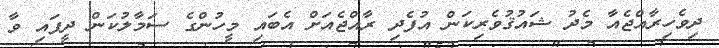
ދިވެހިރާއްޖެއާ މެދު ޝައުޤުވެރިކަން އުފެދި ރާއްޖެއަށް އެބައި މީހުންގެ ސަމާލުކަން ދީފައި ވާ